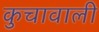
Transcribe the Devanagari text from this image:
कुचावाली